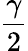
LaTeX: \frac{\gamma}{2}